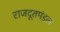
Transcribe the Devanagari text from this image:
राजदूतमंडल